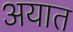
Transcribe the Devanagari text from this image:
अयात